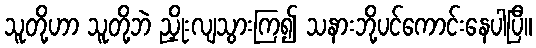
သူတို့ဟာ သူတို့ဘဲ ညှိုးလျသွားကြ၍ သနားဘို့ပင်ကောင်းနေပါပြီ။